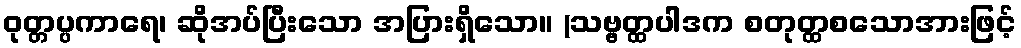
ဝုတ္တပ္ပကာရေ၊ ဆိုအပ်ပြီးသော အပြားရှိသော။ (သဗ္ဗတ္ထပါဒက စတုတ္ထစသောအားဖြင့်